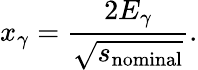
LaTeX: x_{\gamma}=\frac{2E_{\gamma}}{\sqrt{s_{\mathrm{nominal}}}}.